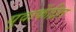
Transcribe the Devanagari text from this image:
युवाकेंद्रित